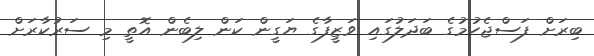
ބިރަށް ފަސްޖެހުމުގެ ބަދަލުގައި ވަޒީފާގެ ޔަގީން ކަން ލިބެން އޮތީ މި ސަރުކާރަށް